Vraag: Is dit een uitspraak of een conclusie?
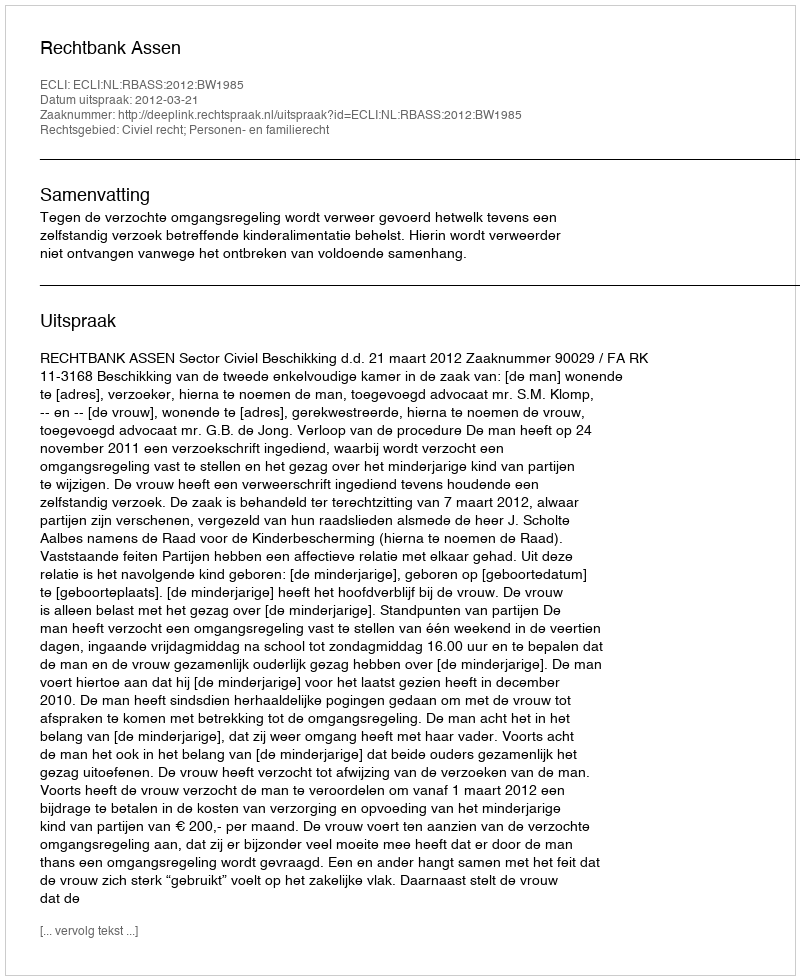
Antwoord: Uitspraak